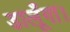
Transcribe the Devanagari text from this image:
डालूँगा।